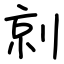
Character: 剠